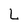
Character: L